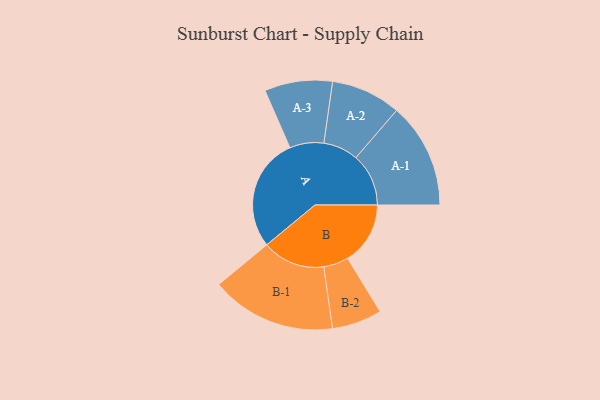
{"axis": {"x": "Segment", "y": "Value"}, "legend": ["", "A", "B"], "data": [{"x": "A", "y": 454, "type": ""}, {"x": "B", "y": 251, "type": ""}, {"x": "A-1", "y": 211, "type": "A"}, {"x": "A-2", "y": 140, "type": "A"}, {"x": "A-3", "y": 136, "type": "A"}, {"x": "B-1", "y": 251, "type": "B"}, {"x": "B-2", "y": 100, "type": "B"}]}